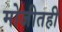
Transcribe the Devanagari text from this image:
मोजीतही